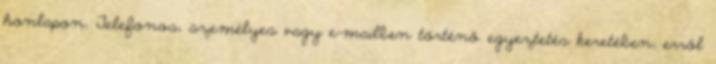
honlapon. Telefonos, személyes vagy e-mailben történő egyeztetés keretében, erről